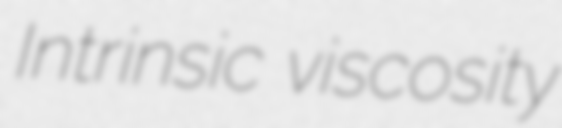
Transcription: Intrinsic viscosity